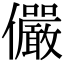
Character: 儼